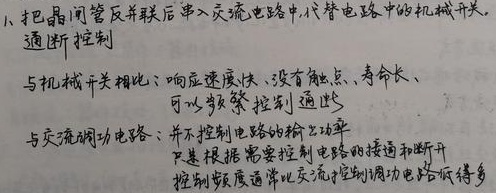
1. 把晶闸管反并联后串入交流电路中，代替电路中的机械开关，通断控制与机械开关相比：响应速度快、没有触点、寿命长、可以频繁控制通断。
与交流调功电路：并不控制电路的输出功率只是根据需要控制电路的接通和断开，控制频度通常比交流控制调功电路低得多